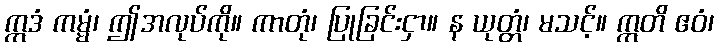
ဣဒံ ကမ္မံ၊ ဤအလုပ်ကို။ ကာတုံ၊ ပြုခြင်းငှာ။ န ယုတ္တံ၊ မသင့်။ ဣတိ ဧဝံ၊